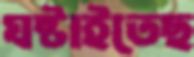
ঘষ্‌টাইতেছ